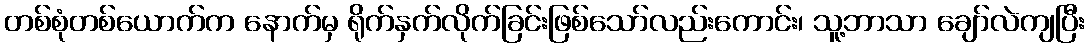
တစ်စုံတစ်ယောက်က နောက်မှ ရိုက်နှက်လိုက်ခြင်းဖြစ်သော်လည်းကောင်း၊ သူ့ဘာသာ ချော်လဲကျပြီး